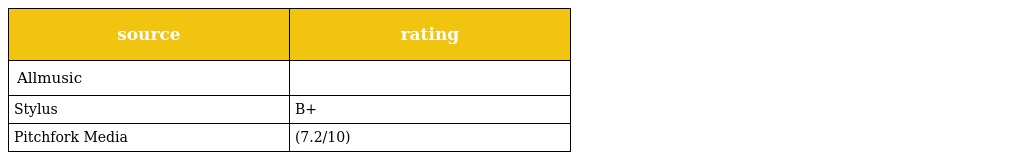
| source | rating |
 | --- | --- |
 | Allmusic |  |
 | Stylus | B+ |
 | Pitchfork Media | (7.2/10) |